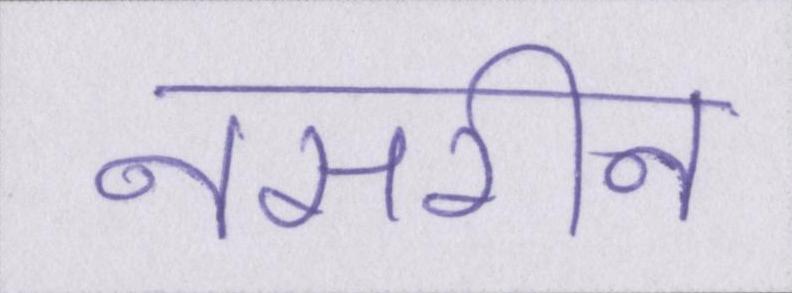
नसरीन